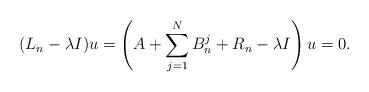
LaTeX: \begin{align*}(L_n-\lambda I)u=\left(A+\sum_{j=1}^NB^j_n+R_n-\lambda I\right)u=0.\end{align*}